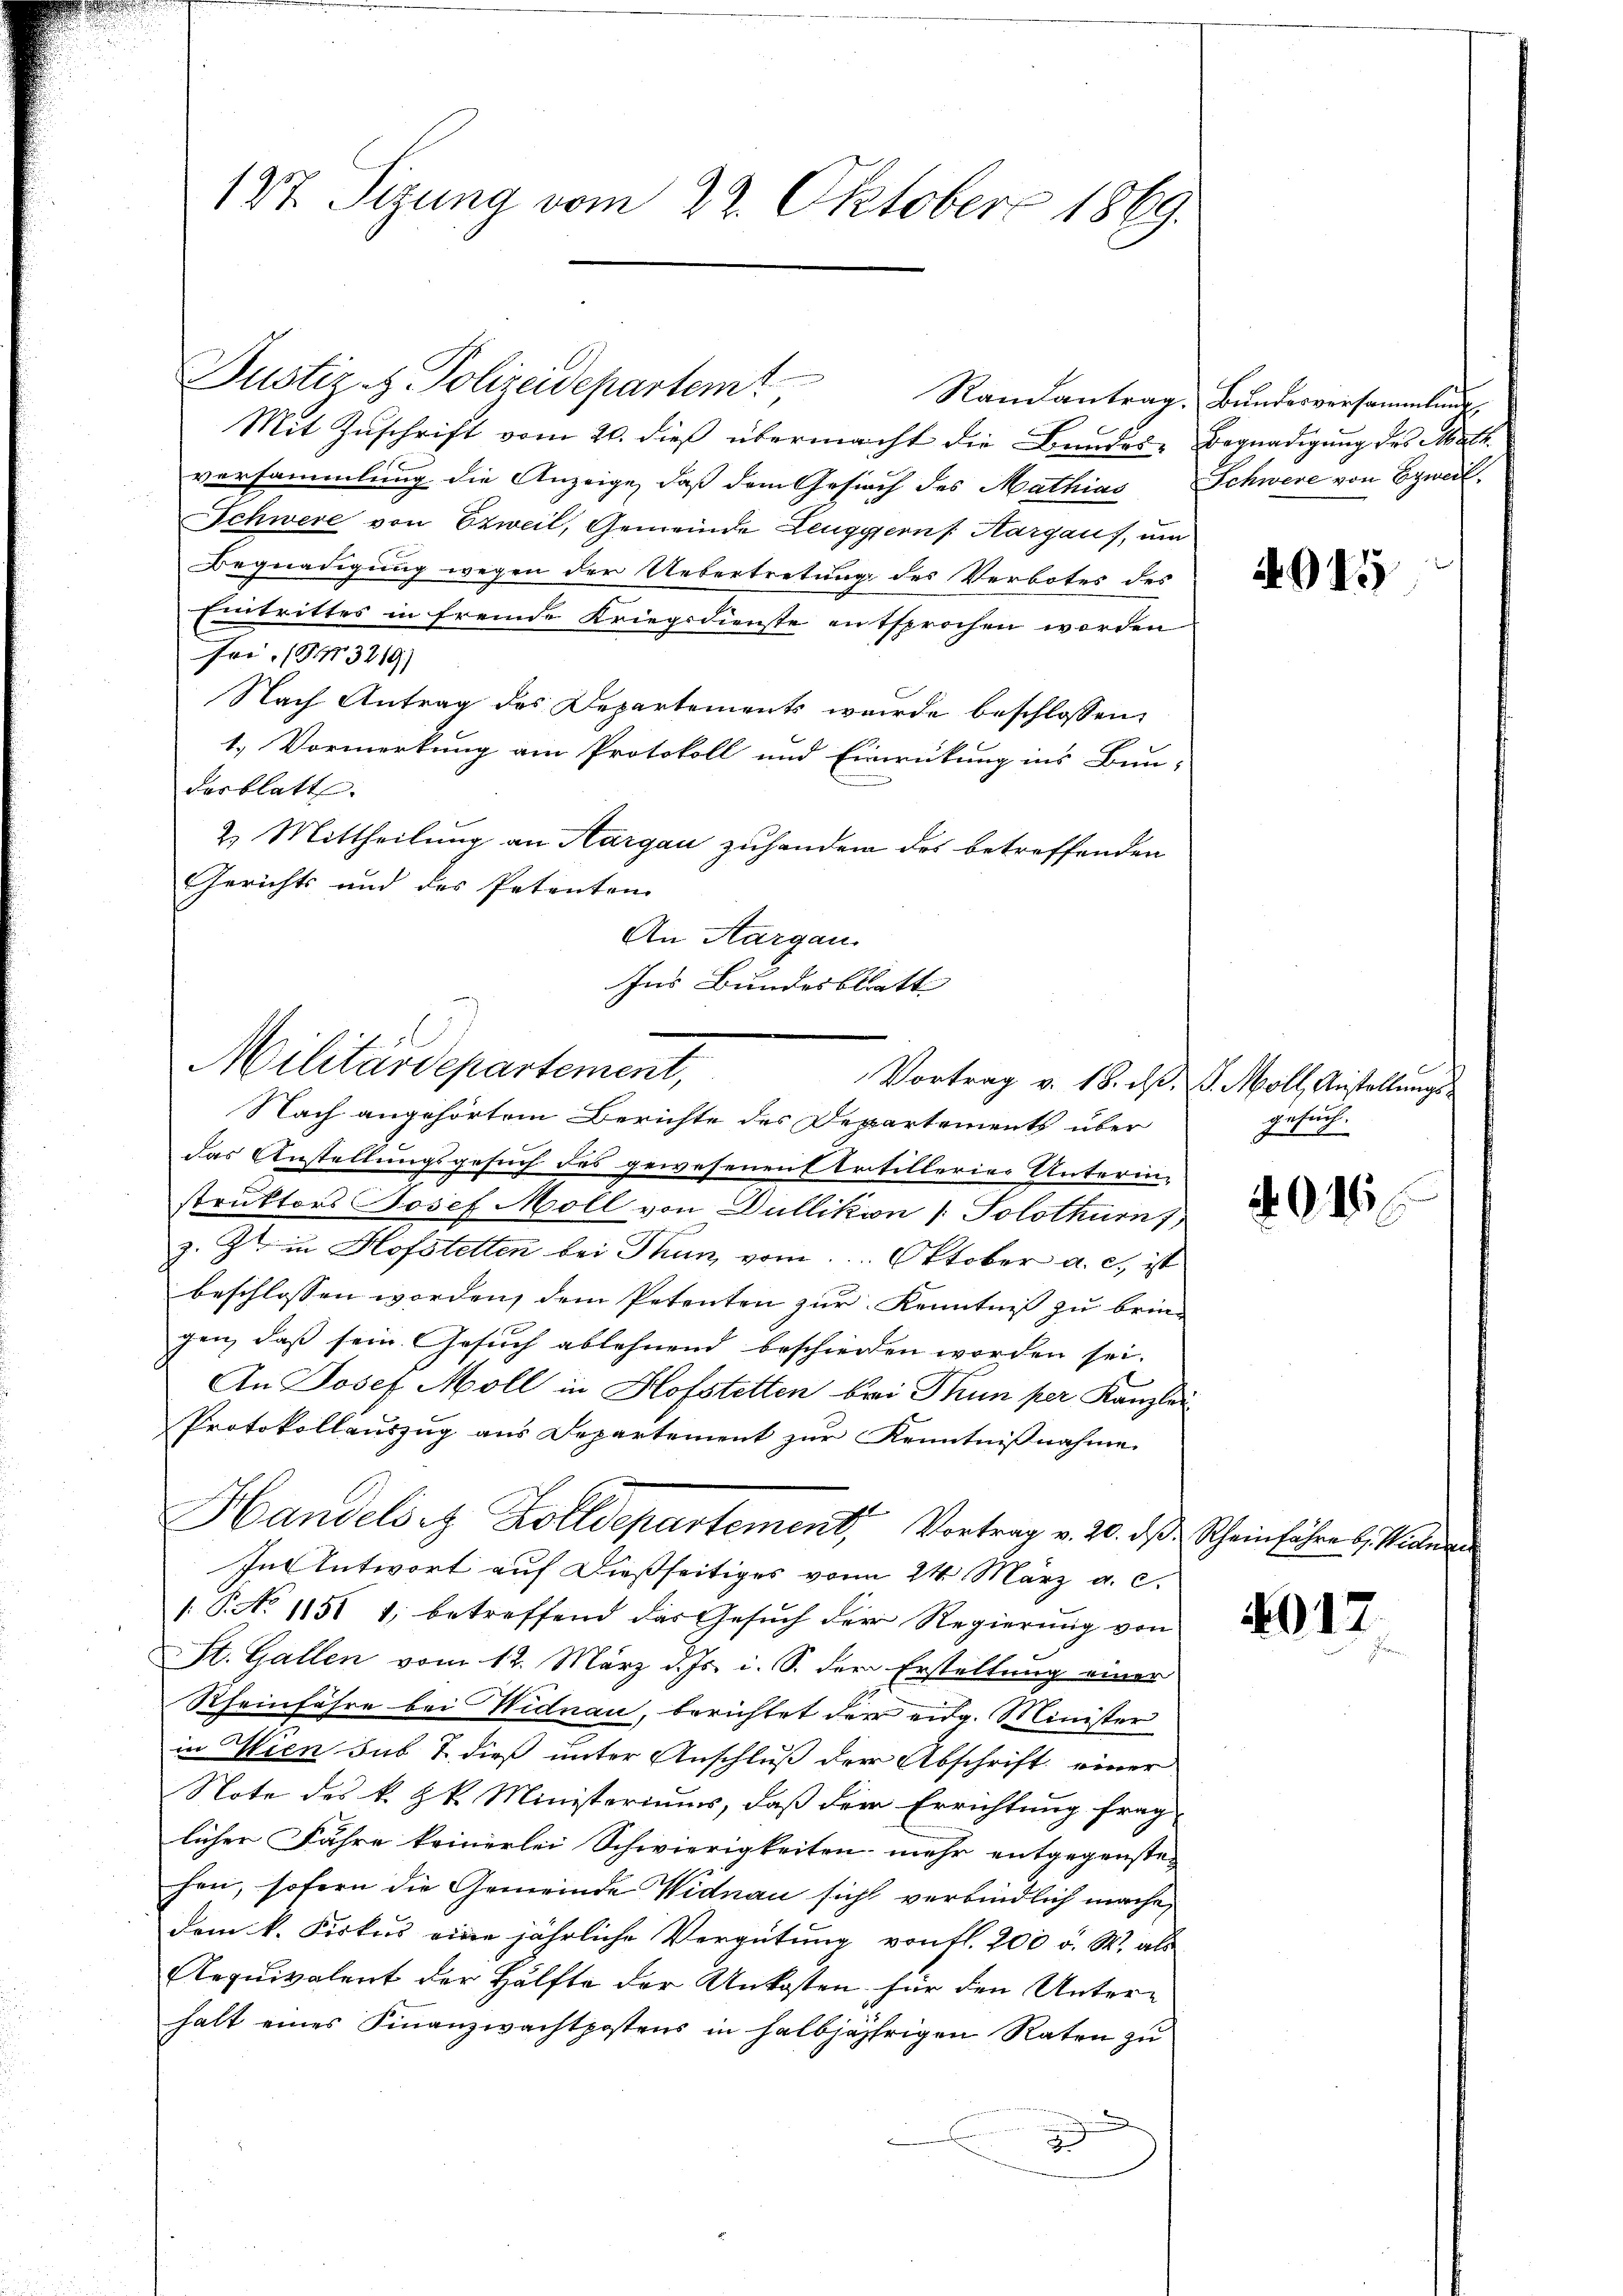
127. Sizung vom 22. Oktober 1869.

Justiz- & Polizeidepartemt
Mit Zŭschrift vom 20. dieß übermacht die Bandes-Begnadigung des Matt
versammlung die Anzeige, daß dem Gesich des Mathias Schwere von Erweil,
Schwere von Erweil, Gemeinde Leuggern s. Aargau, um
Begnadigung wegen der Uebertretung des Verbotes des
Eintrittes in fremde Kriegsdienste entsprochen worden
fei. (13219)
Nach Antrag des Departements wurde beschlossen:
1.) Vormerkung am Protokoll und Einwickung ins Bun-
desblatt. |
2. Mittheilung an Margau zuhandern des betreffenden
Gerichts und des Petenton
An Aargau.
Nach angehörtem Berichte des Departements über
das Anstellungsgesuch des gewesenen Artillerier Unterin-
struktors Josef Moll von Dullikon [Solothurn f
z. Z. in Hofstetten bei Thun vom Oktober a. c., ist
beschlossen worden, dem Petenten zur Kenntniß zu brin-
gen, daß sein Gesuch ablehnend beschieden worden sei.
An Josef Moll in Hofstetten bei Thun per Kanzlei
Protokollauszug aus Departement zur Kenntnißnahme
Handelörz Zolldepartement, Vortrag v. 20. ds Scheinführer l. Wienen
In Antwort auf dießseitiges vom 24. März a. c.
/. P. No 1151 1, betreffend das Gesuch der Regierung von
St. Gallen vom 12. März d. Js. i. S. der Erstellung einer
Rheinfahre bei Widnau, berichtet der eidg. Minister
in Wien sub & dieß unter Anschluß der Abschrift einer
Note des k. k. Ministeriums, daß der Errichtung frag
licher Fähre keinerlei Schwierigkeiten mehr entgegenste-
hen, sofern die Gemeinde Widnau sich verbindlich mache,
dem k. Fiskus eine jährliche Vergütung von fl. 200 u. W. als
Requivalent der Hälfte der Unkosten für den Unterhalt eines Finanzwachtpostens in halbjährigen Raten zu
g

Ins Bundesblatt |
Militärdepartement,

Ramantrag. Bundesversammlung,

4915

Vortrag v. 18. ds. v. Moll, Anstellungs¬
G 1fr
gesuch.

1

4017